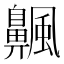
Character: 𫗅